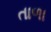
તાળા